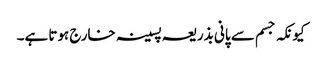
کیونکہ جسم سے پانی بذریعہ پسینہ خارج ہوتا ہے۔